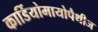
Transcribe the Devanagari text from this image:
कार्डियोमायोपैथीज